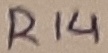
Text: R14